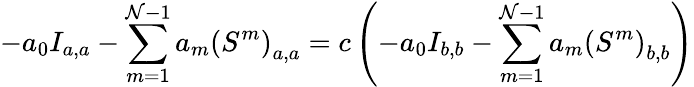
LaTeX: -a_{0}I_{a,a}-\sum_{m=1}^{\mathcal{N}-1}a_{m}\left(S^{m}\right)_{a,a}=c\left(-a_{0}I_{b,b}-\sum_{m=1}^{\mathcal{N}-1}a_{m}\left(S^{m}\right)_{b,b}\right)